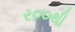
ર૦૦થી